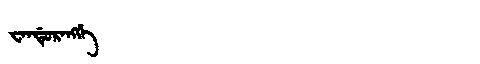
Manchu: ᠸᠠᠨᡩᡠᡵᠠᠩᡤᡝ
Romanization: WANDURANGGE